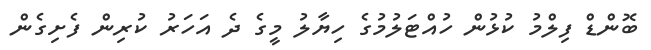
ބޮންޑް ފިލްމު ކުޅުން ހުއްޓަލުމުގެ ހިޔާލު މީގެ ދެ އަހަރު ކުރިން ފެށިގެން